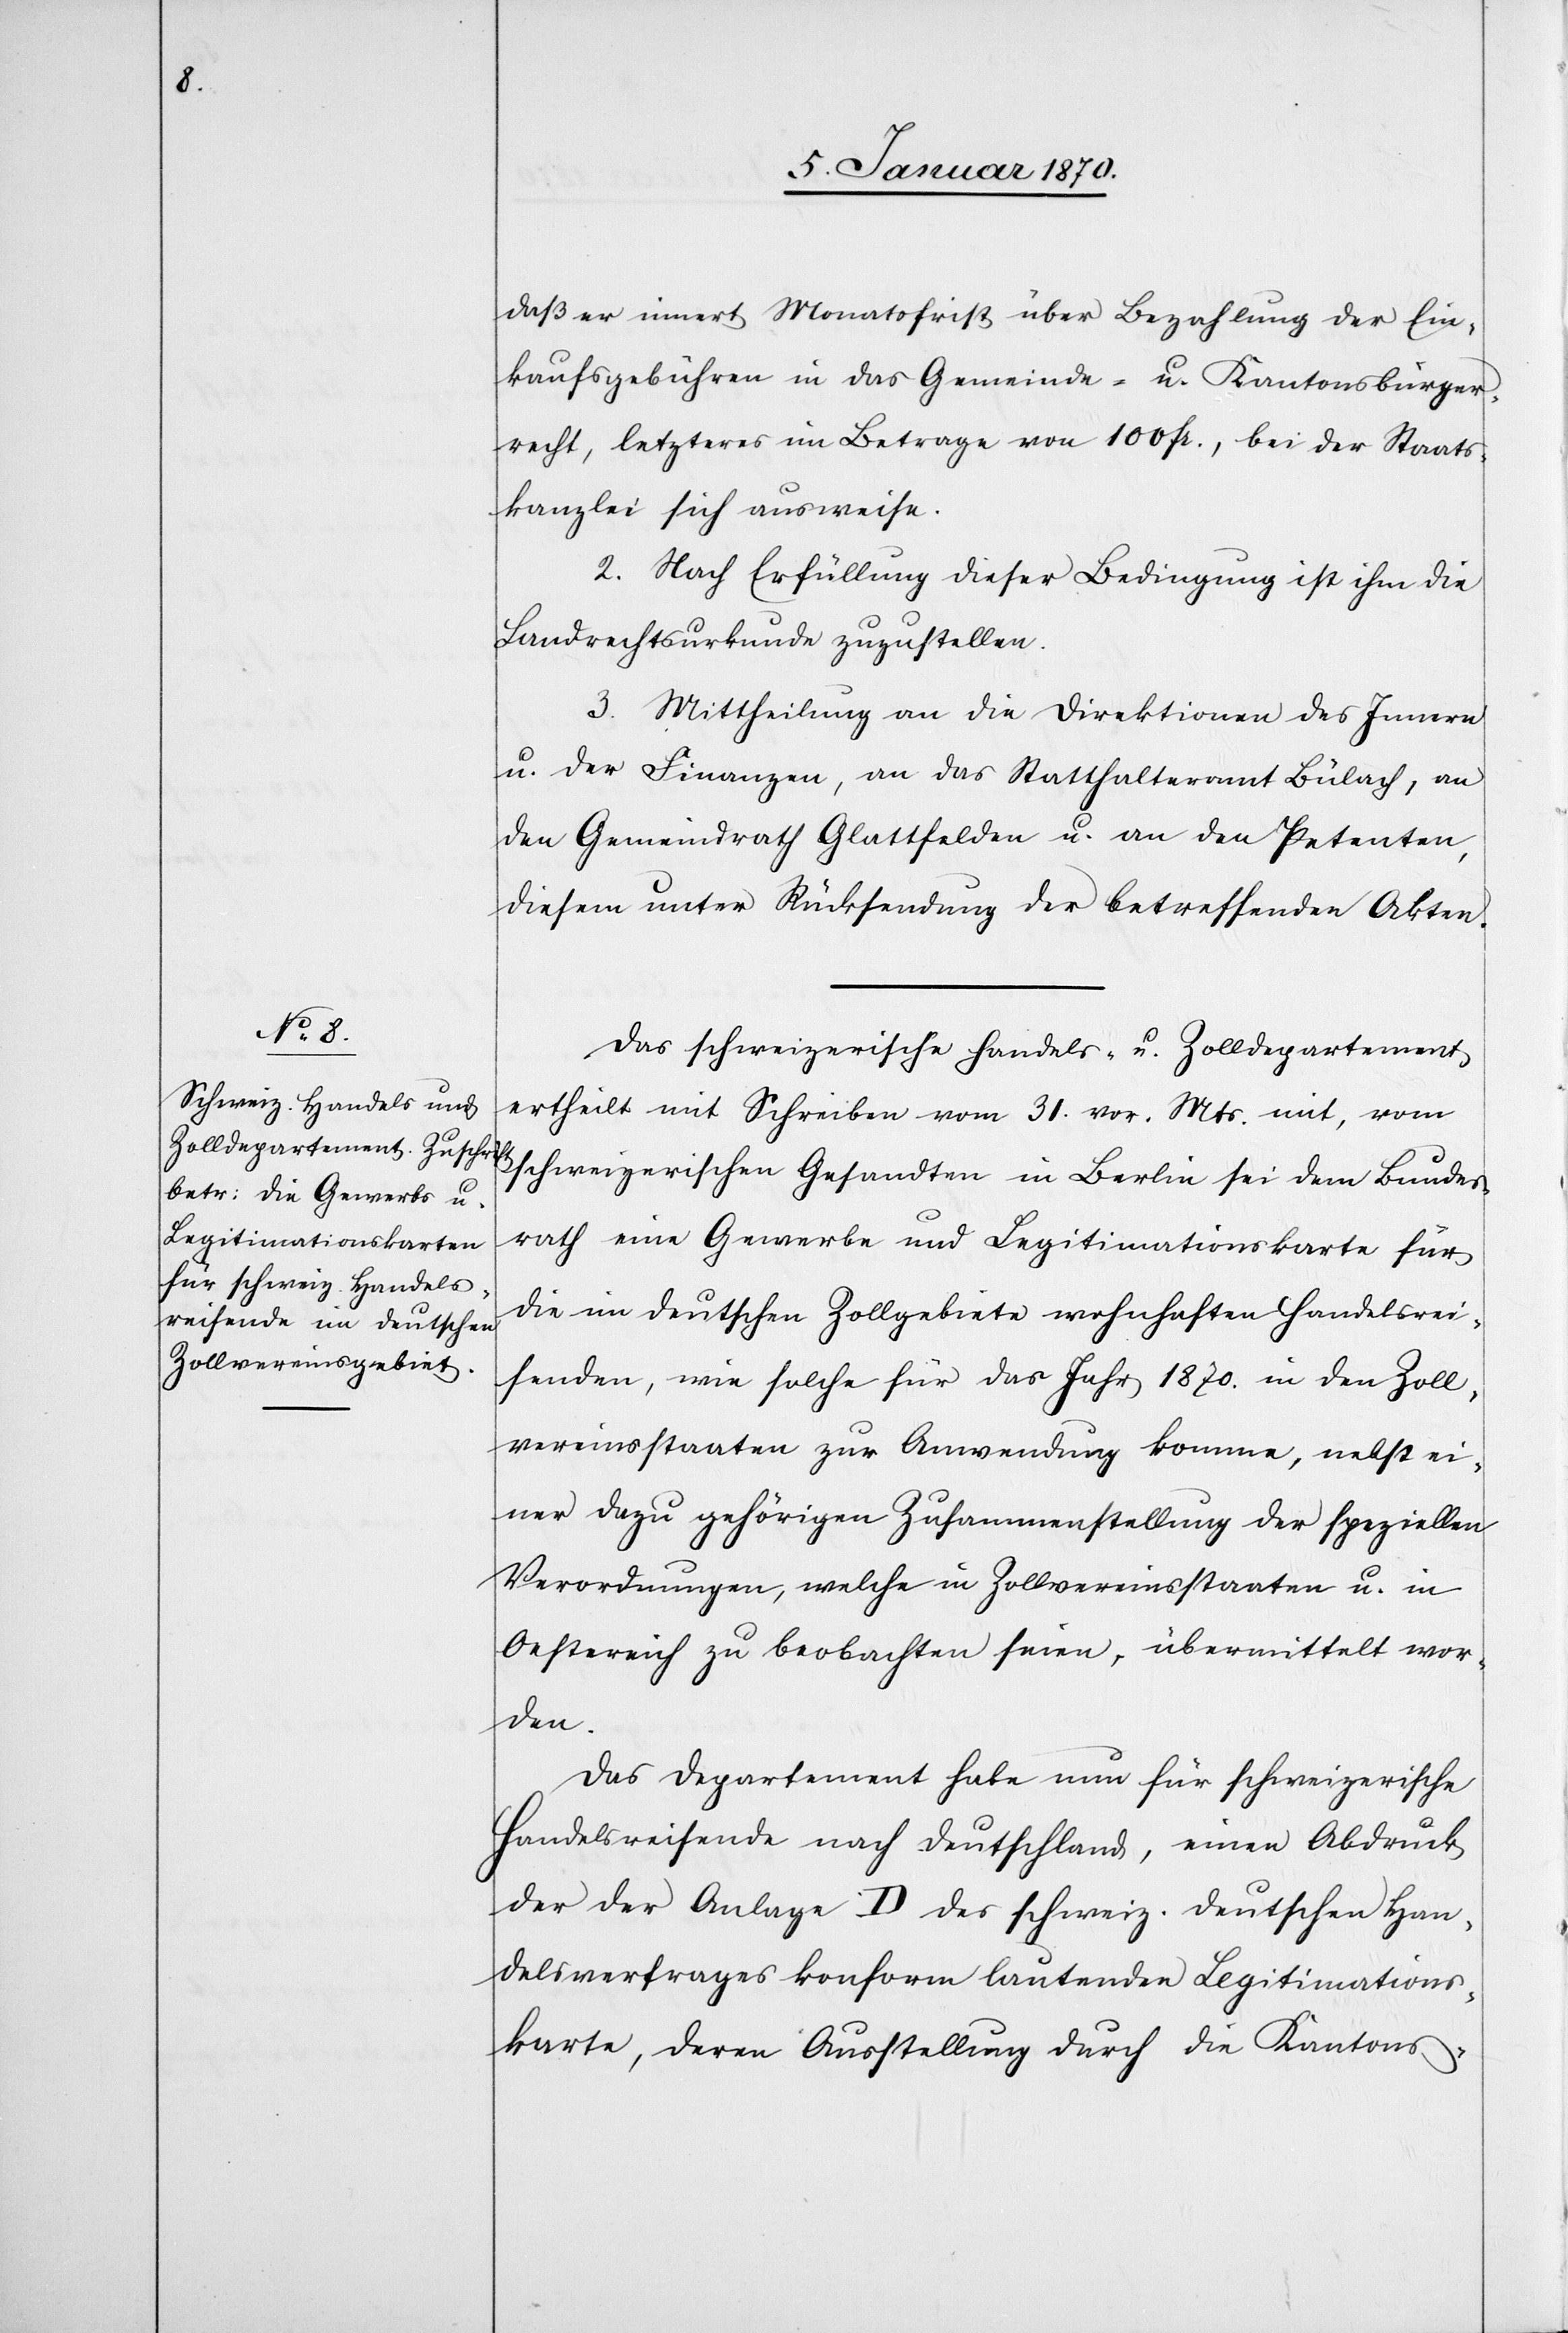
daß er innert Monatsfirst über Bezahlung der Ein¬
kaufsgebühren in das Gemeinde- u. Kantonsbürger¬
recht, letzteres im Betrage von 100 fr., bei der Staats¬
kanzlei sich ausweise.
2. Nach Erfüllung dieser Bedingung ist ihm die
Landrechtsurkunde zuzustellen.
3. Mittheilung an die Direktionen des Innern
u. der Finanzen, an das Statthalteramt Bülach, an
den Gemeindrath Glattfelden u. an den Petenten,
diesem unter Rücksendung der betreffenden Akten.
Das schweizerische Handels- u. Zolldepartement
ertheilt mit Schreiben vom 31. vor. Mts. mit
schweizerischen Gesandten in Berlin sei dem Bundes¬
rath eine Gewerbe[-] und Legitimationskarte für
die im deutschen Zollgebiete wohnhaften Handelsrei¬
senden, wie solche für das Jahr 1870. in den Zoll¬
vereinsstaaten zur Anwendung komme, nebst ei¬
ner dazu gehörigen Zusammenstellung der speziellen
Verordnungen, welche in Zollvereinsstaaten u. in
Oestereich zu beobachten seien, übermittelt wor¬
den.
Das Departement habe nun für schweizerische
Handelsreisende nach Deutschland, einen Abdruck
der [sic!] Anlage D des schweiz. deutschen Han¬
delsvertrages konform lautenden Legitimations¬
karte, deren Ausstellung durch die Kantons-